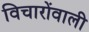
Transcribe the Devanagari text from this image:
विचारोंवाली